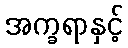
အက္ခရာနှင့်